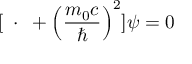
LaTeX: [ \mathbf { \partial } \cdot \mathbf { \partial } + \left( { \frac { m _ { 0 } c } { \hbar } } \right) ^ { 2 } ] \psi = 0